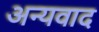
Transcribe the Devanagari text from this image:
अन्यवाद